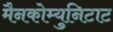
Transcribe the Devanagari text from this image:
मैनकोम्युनिटाट